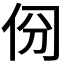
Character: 𠈀